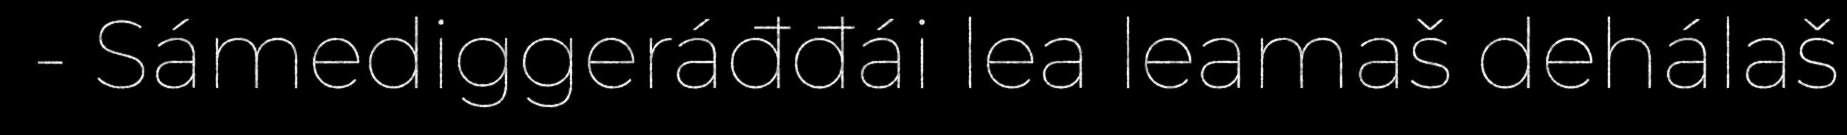
- Sámediggeráđđái lea leamaš dehálaš